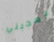
يعجبني